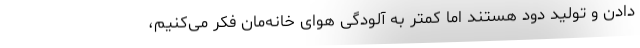
دادن و تولید دود هستند اما کمتر به آلودگی هوای خانه‌مان فکر می‌کنیم،